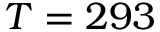
T = 2 9 3